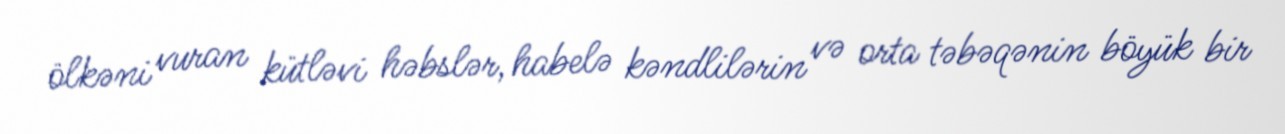
ölkəni vuran kütləvi həbslər, habelə kəndlilərin və orta təbəqənin böyük bir